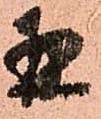
并